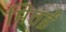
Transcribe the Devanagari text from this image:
मित्तई